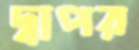
দ্বাপর